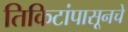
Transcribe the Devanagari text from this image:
तिकिटांपासूनचे